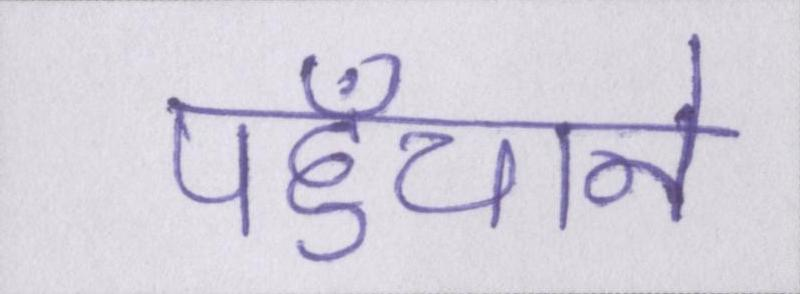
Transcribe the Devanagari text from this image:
पहुँचाने